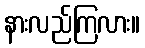
နားလည်ကြလား။